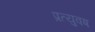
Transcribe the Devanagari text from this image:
प्रत्युवष